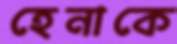
হেনাকে